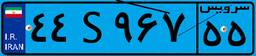
۴۷S۹۶۴۶۱